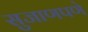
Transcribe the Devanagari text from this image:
सुजाणपणे